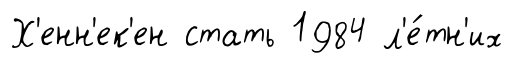
Х'енн'ек'ен стать 1984 л'е́тн'их